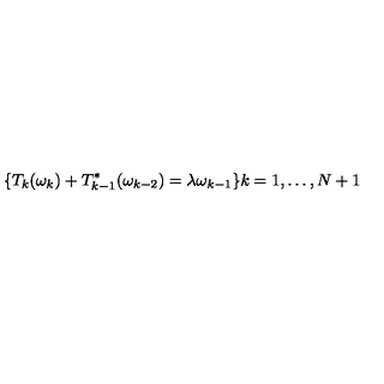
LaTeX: \lbrace T _ { k } ( \omega _ { k } ) + T _ { k - 1 } ^ { * } ( \omega _ { k - 2 } ) = \lambda \omega _ { k - 1 } \rbrace k = 1 , \dots , N + 1